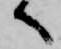
へ